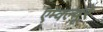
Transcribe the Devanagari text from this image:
एम्क्ल्यूरे